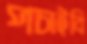
পচাইবি